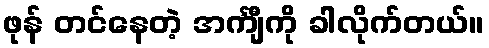
ဖုန် တင်နေတဲ့ အင်္ကျီကို ခါလိုက်တယ်။